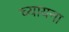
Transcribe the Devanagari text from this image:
च्यायना